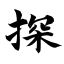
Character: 探